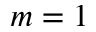
m = 1